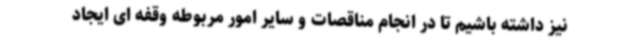
نیز داشته باشیم تا در انجام مناقصات و سایر امور مربوطه وقفه ای ایجاد